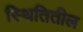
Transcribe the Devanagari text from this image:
स्थितितील